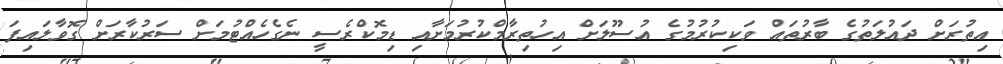
އިތުރަށް ދައުލަތުގެ ބާރުތައް ވަކިކުރުމުގެ އުސޫލަށް އިހުތިރާމްކުރުމަށާއި ޑިމޮކްރެސީ ނެގެހެއްޓުމަށް ސަރުކާރަށް ގޮވާލައިފަ